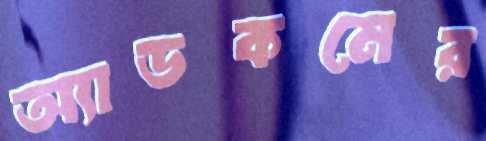
অ্যাডকমের